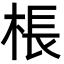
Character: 棖